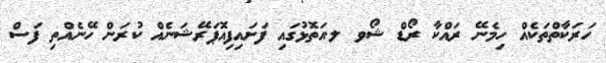
ހަރަކާތްތަކެއް ހިމެނޭ ރައްކާ ރޯޑް ޝޯވ ލ.އަތޮޅުގައި ފަށައިފިއޮޕަރޭޝަނެއް ކުރަން ހޭނެއްތި ފަސް